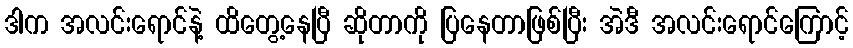
ဒါက အလင်းရောင်နဲ့ ထိတွေ့နေပြီ ဆိုတာကို ပြနေတာဖြစ်ပြီး အဲဒီ အလင်းရောင်ကြောင့်